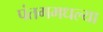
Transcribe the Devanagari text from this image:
पंतगमधल्या